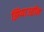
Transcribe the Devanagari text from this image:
झियाउद्दीन